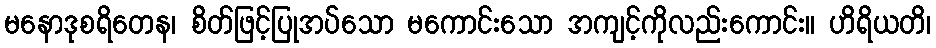
မနောဒုစရိတေန၊ စိတ်ဖြင့်ပြုအပ်သော မကောင်းသော အကျင့်ကိုလည်းကောင်း။ ဟိရိယတိ၊